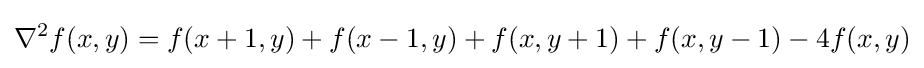
\nabla ^{2}f(x,y)=f(x+1,y)+f(x-1,y)+f(x,y+1)+f(x,y-1)-4f(x,y)